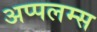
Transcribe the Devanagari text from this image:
अप्पलम्स